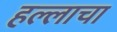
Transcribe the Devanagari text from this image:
हल्लाचा